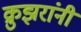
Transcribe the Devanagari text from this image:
क्रुझरांनी